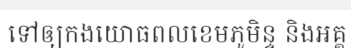
ទៅឲ្យកងយោធពលខេមភូមិន្ទ និងអគ្គ